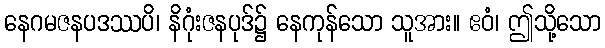
နေဂမဇနပဒဿပိ၊ နိဂုံးဇနပုဒ်၌ နေကုန်သော သူအား။ ဧဝံ၊ ဤသို့သော